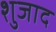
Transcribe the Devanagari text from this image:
शुजाद